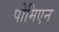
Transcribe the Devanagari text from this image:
पोमिएन